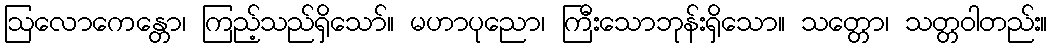
ဩလောကေန္တော၊ ကြည့်သည်ရှိသော်။ မဟာပုညော၊ ကြီးသောဘုန်းရှိသော။ သတ္တော၊ သတ္တဝါတည်း။